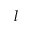
l